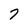
Character: 7